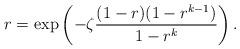
LaTeX: \begin{align*} r = \exp\left( -\zeta\frac{(1-r)(1-r^{k-1})}{1-r^k} \right). \end{align*}